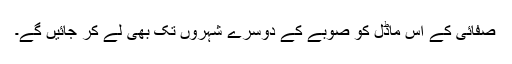
صفائی کے اِس ماڈل کو صوبے کے دوسرے شہروں تک بھی لے کر جائیں گے۔